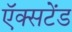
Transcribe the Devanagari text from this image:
ऍक्सटेंड